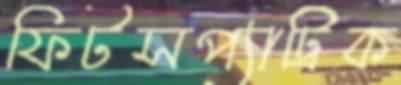
ফিটসপ্যাট্রিক